Annual administration report of the Civil Veterinary Department of India - 1898-1899
Year: 1898
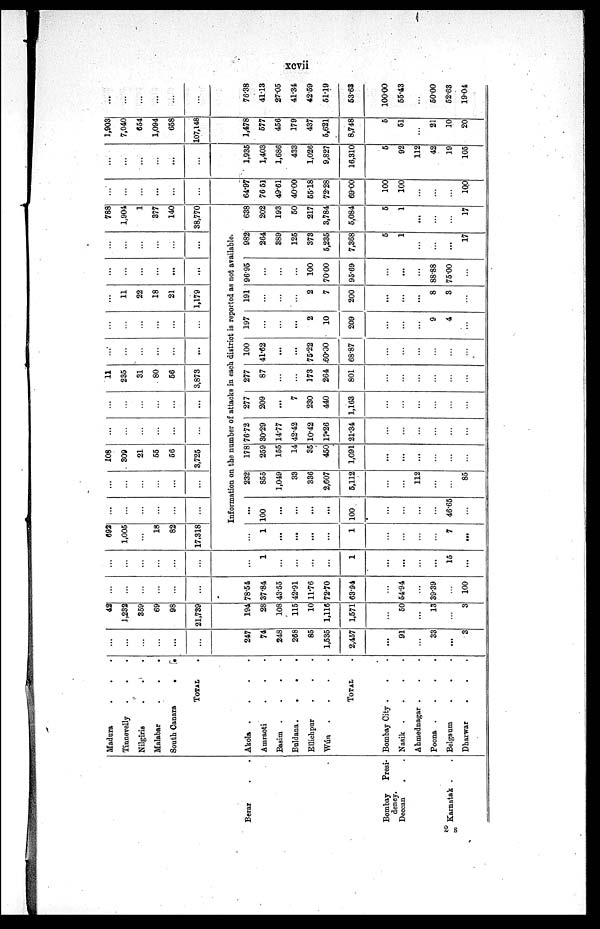
xcvii
Berar . .
Bombay
Presi-
dency.
Deccan . .
Kamatak . .
Madura . . .
Tinnevelly . . .
Nilgiris . . .
Malabar
.
.
.
South Canara
.
.
TOTAL
Akola .
.
.
.
Amraoti . . .
Basim . . . .
Buldana.
.
.
.
Ellichpur . . .
Wún
.
.
.
.
TOTAL
Bombay City . . .
Nasik .
.
.
.
Ahmednagar . . .
Poona .
.
.
.
Belgaum . . .
Dharwar . . .
...
...
...
...
...
...
247
74
248
268
85
1,535
2,457
...
91
...
33
...
3
42
1,232
359
69
98
21,739
194
28
108
115
10
1,116
1,571
...
50
...
13
...
3
...
...
...
...
...
...
78.54
37.84
43.55
42.91
11.76
72.70
63.94
...
54.94
...
39.39
...
100
...
...
...
...
...
...
...
1
...
...
...
...
1
...
...
...
...
15
...
692
1,005
...
18
82
17,318
...
1
...
...
...
...
1
...
...
...
...
7
...
...
...
...
...
...
...
...
...
...
...
...
...
108
309
21
55
56
3,725
...
...
...
...
...
...
...
...
...
...
...
...
11
235
31
80
56
3,873
...
...
...
...
...
...
...
...
...
...
...
...
...
11
22
18
21
1,179
...
...
...
...
...
...
...
...
...
...
...
...
788
1,904
1
377
140
38,770
Information on the number of attacks in each district is reported as not available.
...
100
...
...
...
...
100
...
...
...
...
46.65
...
232
855
1,049
33
336
2,607
5,112
...
...
112
...
...
85
178
259
155
14
35
450
1,091
...
...
...
...
...
...
76.72
30.29
14.77
42.42
10.42
17.26
21.34
...
...
...
...
...
...
277
209
...
7
230
440
1,163
...
...
...
...
...
...
277
87
...
...
173
264
801
...
...
...
...
...
...
100
41.62
...
...
75.22
60.00
68.87
...
...
...
...
...
...
197
...
...
...
2
10
209
...
...
...
9
4
...
191
...
...
...
2
7
200
...
...
...
8
3
...
96.95
...
...
...
100
7000
95.69
...
...
...
88.88
75.00
...
982
264
389
125
373
5,235
7,368
5
1
...
...
...
17
638
202
193
50
217
3,784
5,084
5
1
...
...
...
17
...
...
...
...
...
...
64.97
76.51
49.61
40.00
55.18
72.28
69.00
100
100
...
...
...
100
...
...
...
...
...
...
1,935
1,403
1,686
433
1,026
9,827
16,310
5
92
112
42
19
105
1,903
7,040
654
1,094
658
107,148
1,478
577
456
179
437
5,621
8,748
5
51
...
21
10
20
...
...
...
...
...
...
76.38
41.13
27.05
41.34
42.59
51.19
53.63
100.00
55.43
...
50.00
52.63
19.04
2 S